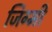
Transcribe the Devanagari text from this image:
जिग्मी